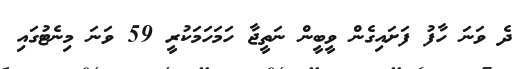
ދެ ވަނަ ހާފު ފަށައިގެން ވީބީން ނަތީޖާ ހަމަހަމަކުރީ 59 ވަނަ މިނެޓުގައި